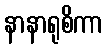
နာနာရုစိကာ